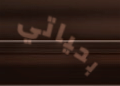
بحياتي